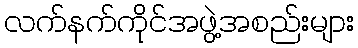
လက်နက်ကိုင်အဖွဲ့အစည်းများ